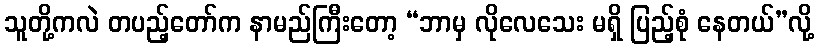
သူတို့ကလဲ တပည့်တော်က နာမည်ကြီးတော့ “ဘာမှ လိုလေသေး မရှိ ပြည့်စုံ နေတယ်”လို့